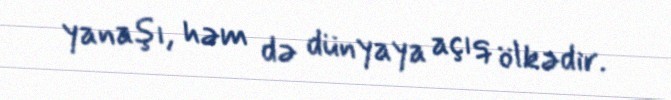
yanaşı, həm də dünyaya açıq ölkədir.